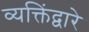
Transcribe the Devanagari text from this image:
व्यक्तिंद्वारे